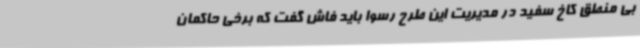
بی منطق کاخ سفید در مدیریت این طرح رسوا باید فاش گفت که برخی حاکمان